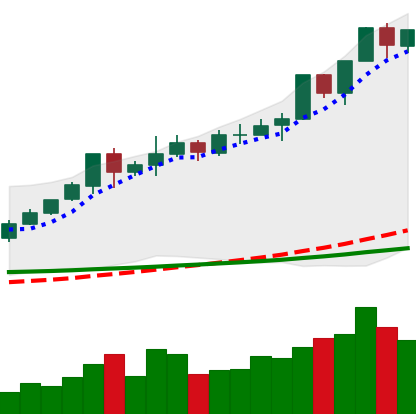
Ticker: XMR-USD
Chart end date: 2020-02-14
Forward return: -17.539%
Label: down_7plus